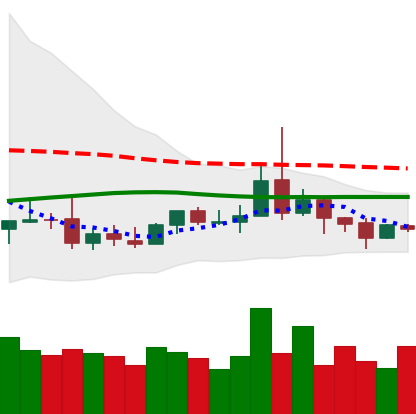
Ticker: DOGE-USD
Chart end date: 2019-08-12
Forward return: -8.125%
Label: down_7plus